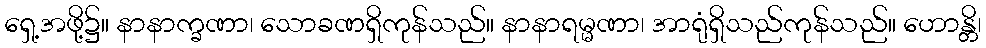
ရှေ့အဖို့၌။ နာနာက္ခဏာ၊ သောခဏရှိကုန်သည်။ နာနာရမ္မဏာ၊ အာရုံရှိသည်ကုန်သည်။ ဟောန္တိ၊